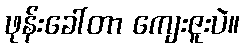
ဖုန်းခေါ်တာ ကျေးဇူးပဲ။